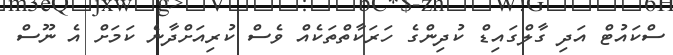
ސްކައުޓް އަދި ގާލްގައިޑް ކުދިންގެ ހަރަކާތްތަކެއް ވެސް ކުރިއަށްދާނެ ކަމަށް އެ ނޫސް